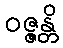
ဝဇ္ဇန္တိ